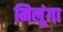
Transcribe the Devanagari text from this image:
मिलूंगा